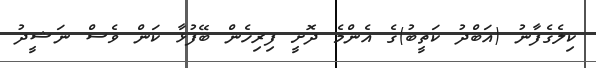
ކިލެގެފާނު (އަބްދު ކަތީބު)ގެ އެންމެ ދޮށީ ފިރިހެން ބޭފުޅާ ކަން ވެސް ނަޝީދު